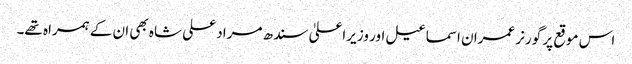
اس موقع پر گورنر عمران اسماعیل اور وزیراعلیٰ سندھ مراد علی شاہ بھی ان کے ہمراہ تھے۔